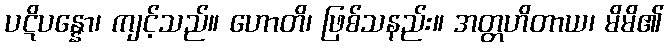
ပဋိပန္နော၊ ကျင့်သည်။ ဟောတိ၊ ဖြစ်သနည်း။ အတ္တဟိတာယ၊ မိမိ၏